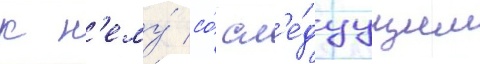
к н'ему́ со́ сл'е́дуущим